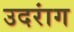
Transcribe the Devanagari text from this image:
उदरांग